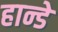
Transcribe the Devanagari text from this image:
हान्डे